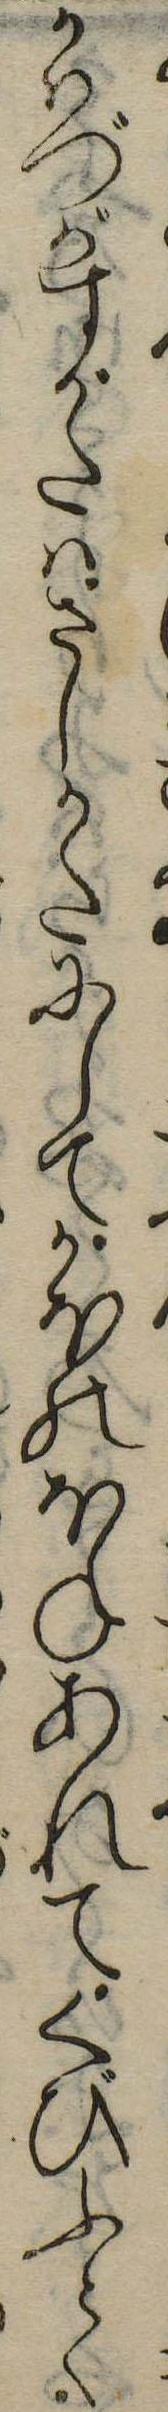
かはづがすがたはさしかたにしてかほのほねあれてくびふとく